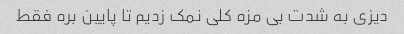
دیزی به شدت بی مزه کلی نمک زدیم تا پایین بره فقط